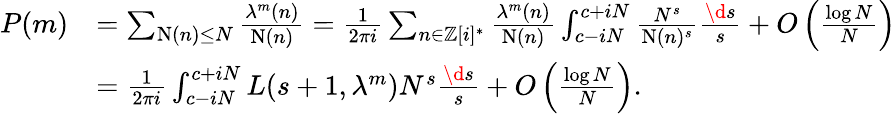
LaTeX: \begin{array}{rl}{P(m)}&{=\sum_{\textnormal{N}(n)\leq N}\frac{\lambda^{m}(n)}{\textnormal{N}(n)}=\frac{1}{2\pi i}\sum_{n\in\mathbb{Z}[i]^{*}}\frac{\lambda^{m}(n)}{\textnormal{N}(n)}\int_{c-iN}^{c+iN}\frac{N^{s}}{\textnormal{N}(n)^{s}}\frac{\d s}{s}+O\left(\frac{\log N}{N}\right)}\\ &{=\frac{1}{2\pi i}\int_{c-iN}^{c+iN}L(s+1,\lambda^{m})N^{s}\frac{\d s}{s}+O\left(\frac{\log N}{N}\right).}\end{array}